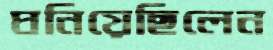
ঘনিয়েছিলেন